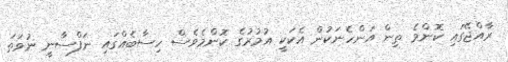
ރާއްޖޭގައި ކޮންމެ ތިން އަންހެނަކުން އެކަކީ އުމުރުގެ ކޮންމެވެސް ހިސާބެއްގައި ނަފްސާނީ ނުވަތަ